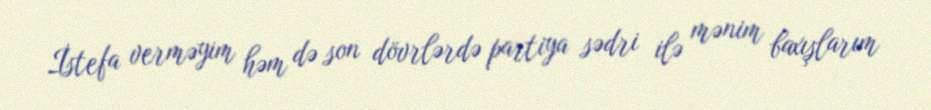
İstefa verməyim həm də son dövrlərdə partiya sədri ilə mənim baxışlarım